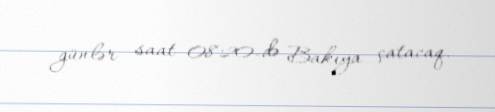
günlər saat 08:20-də Bakıya çatacaq.